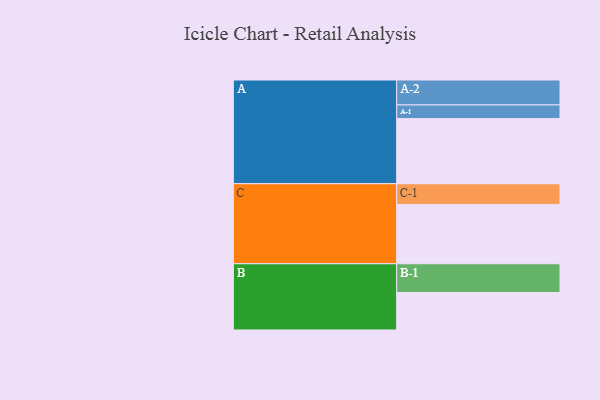
{"axis": {"x": "Segment", "y": "Value"}, "legend": ["", "A", "B", "C"], "data": [{"x": "A", "y": 577, "type": ""}, {"x": "B", "y": 332, "type": ""}, {"x": "C", "y": 526, "type": ""}, {"x": "A-1", "y": 121, "type": "A"}, {"x": "A-2", "y": 221, "type": "A"}, {"x": "B-1", "y": 255, "type": "B"}, {"x": "C-1", "y": 183, "type": "C"}]}